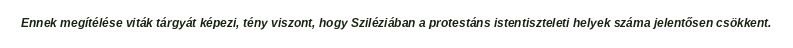
Ennek megítélése viták tárgyát képezi, tény viszont, hogy Sziléziában a protestáns istentiszteleti helyek száma jelentősen csökkent.